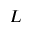
L